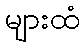
များထံ